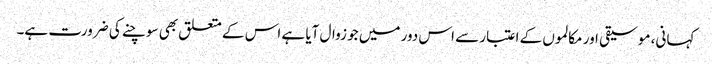
کہانی، موسیقی اور مکالموں کے اعتبار سے اس دور میں جو زوال آیا ہے اس کے متعلق بھی سوچنے کی ضرورت ہے۔